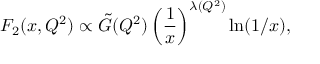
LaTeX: F _ { 2 } ( x , Q ^ { 2 } ) \propto \tilde { G } ( Q ^ { 2 } ) \left( \frac { 1 } { x } \right) ^ { \lambda ( Q ^ { 2 } ) } \ln ( 1 / x ) ,